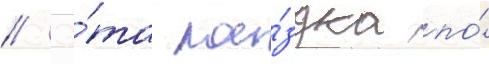
// Э́та пое́здка по́